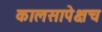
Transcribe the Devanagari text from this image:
कालसापेक्षच